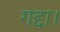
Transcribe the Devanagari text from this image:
गद्दा।